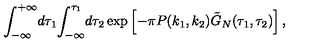
{ \int _ { - \infty } ^ { + \infty } } d { \tau _ { 1 } } { \int _ { - \infty } ^ { \tau _ { 1 } } } d { \tau _ { 2 } } \exp \left[ - \pi P ( { k _ { 1 } } , { k _ { 2 } } ) { \tilde { G } _ { N } } ( { \tau _ { 1 } } , { \tau _ { 2 } } ) \right] ,